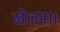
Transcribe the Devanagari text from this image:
खेलना।